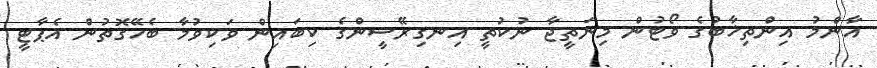
އާންމު އިންތިޚާބުގެ ވޯޓުން މިނަތީޖާ ނުކުތީ އިނގިރޭސީންގެ ކިބައިން ވަކިވުމާ ބެހޭގޮތުން އެޕާޓީ